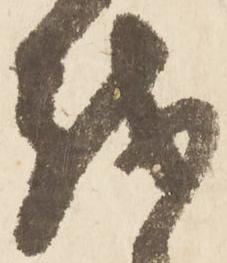
越